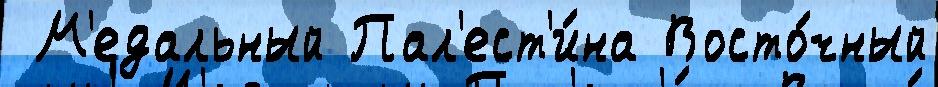
 М'едальный Пал'ест'и́на Восто́чный